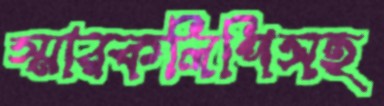
স্মারকলিপিসহ